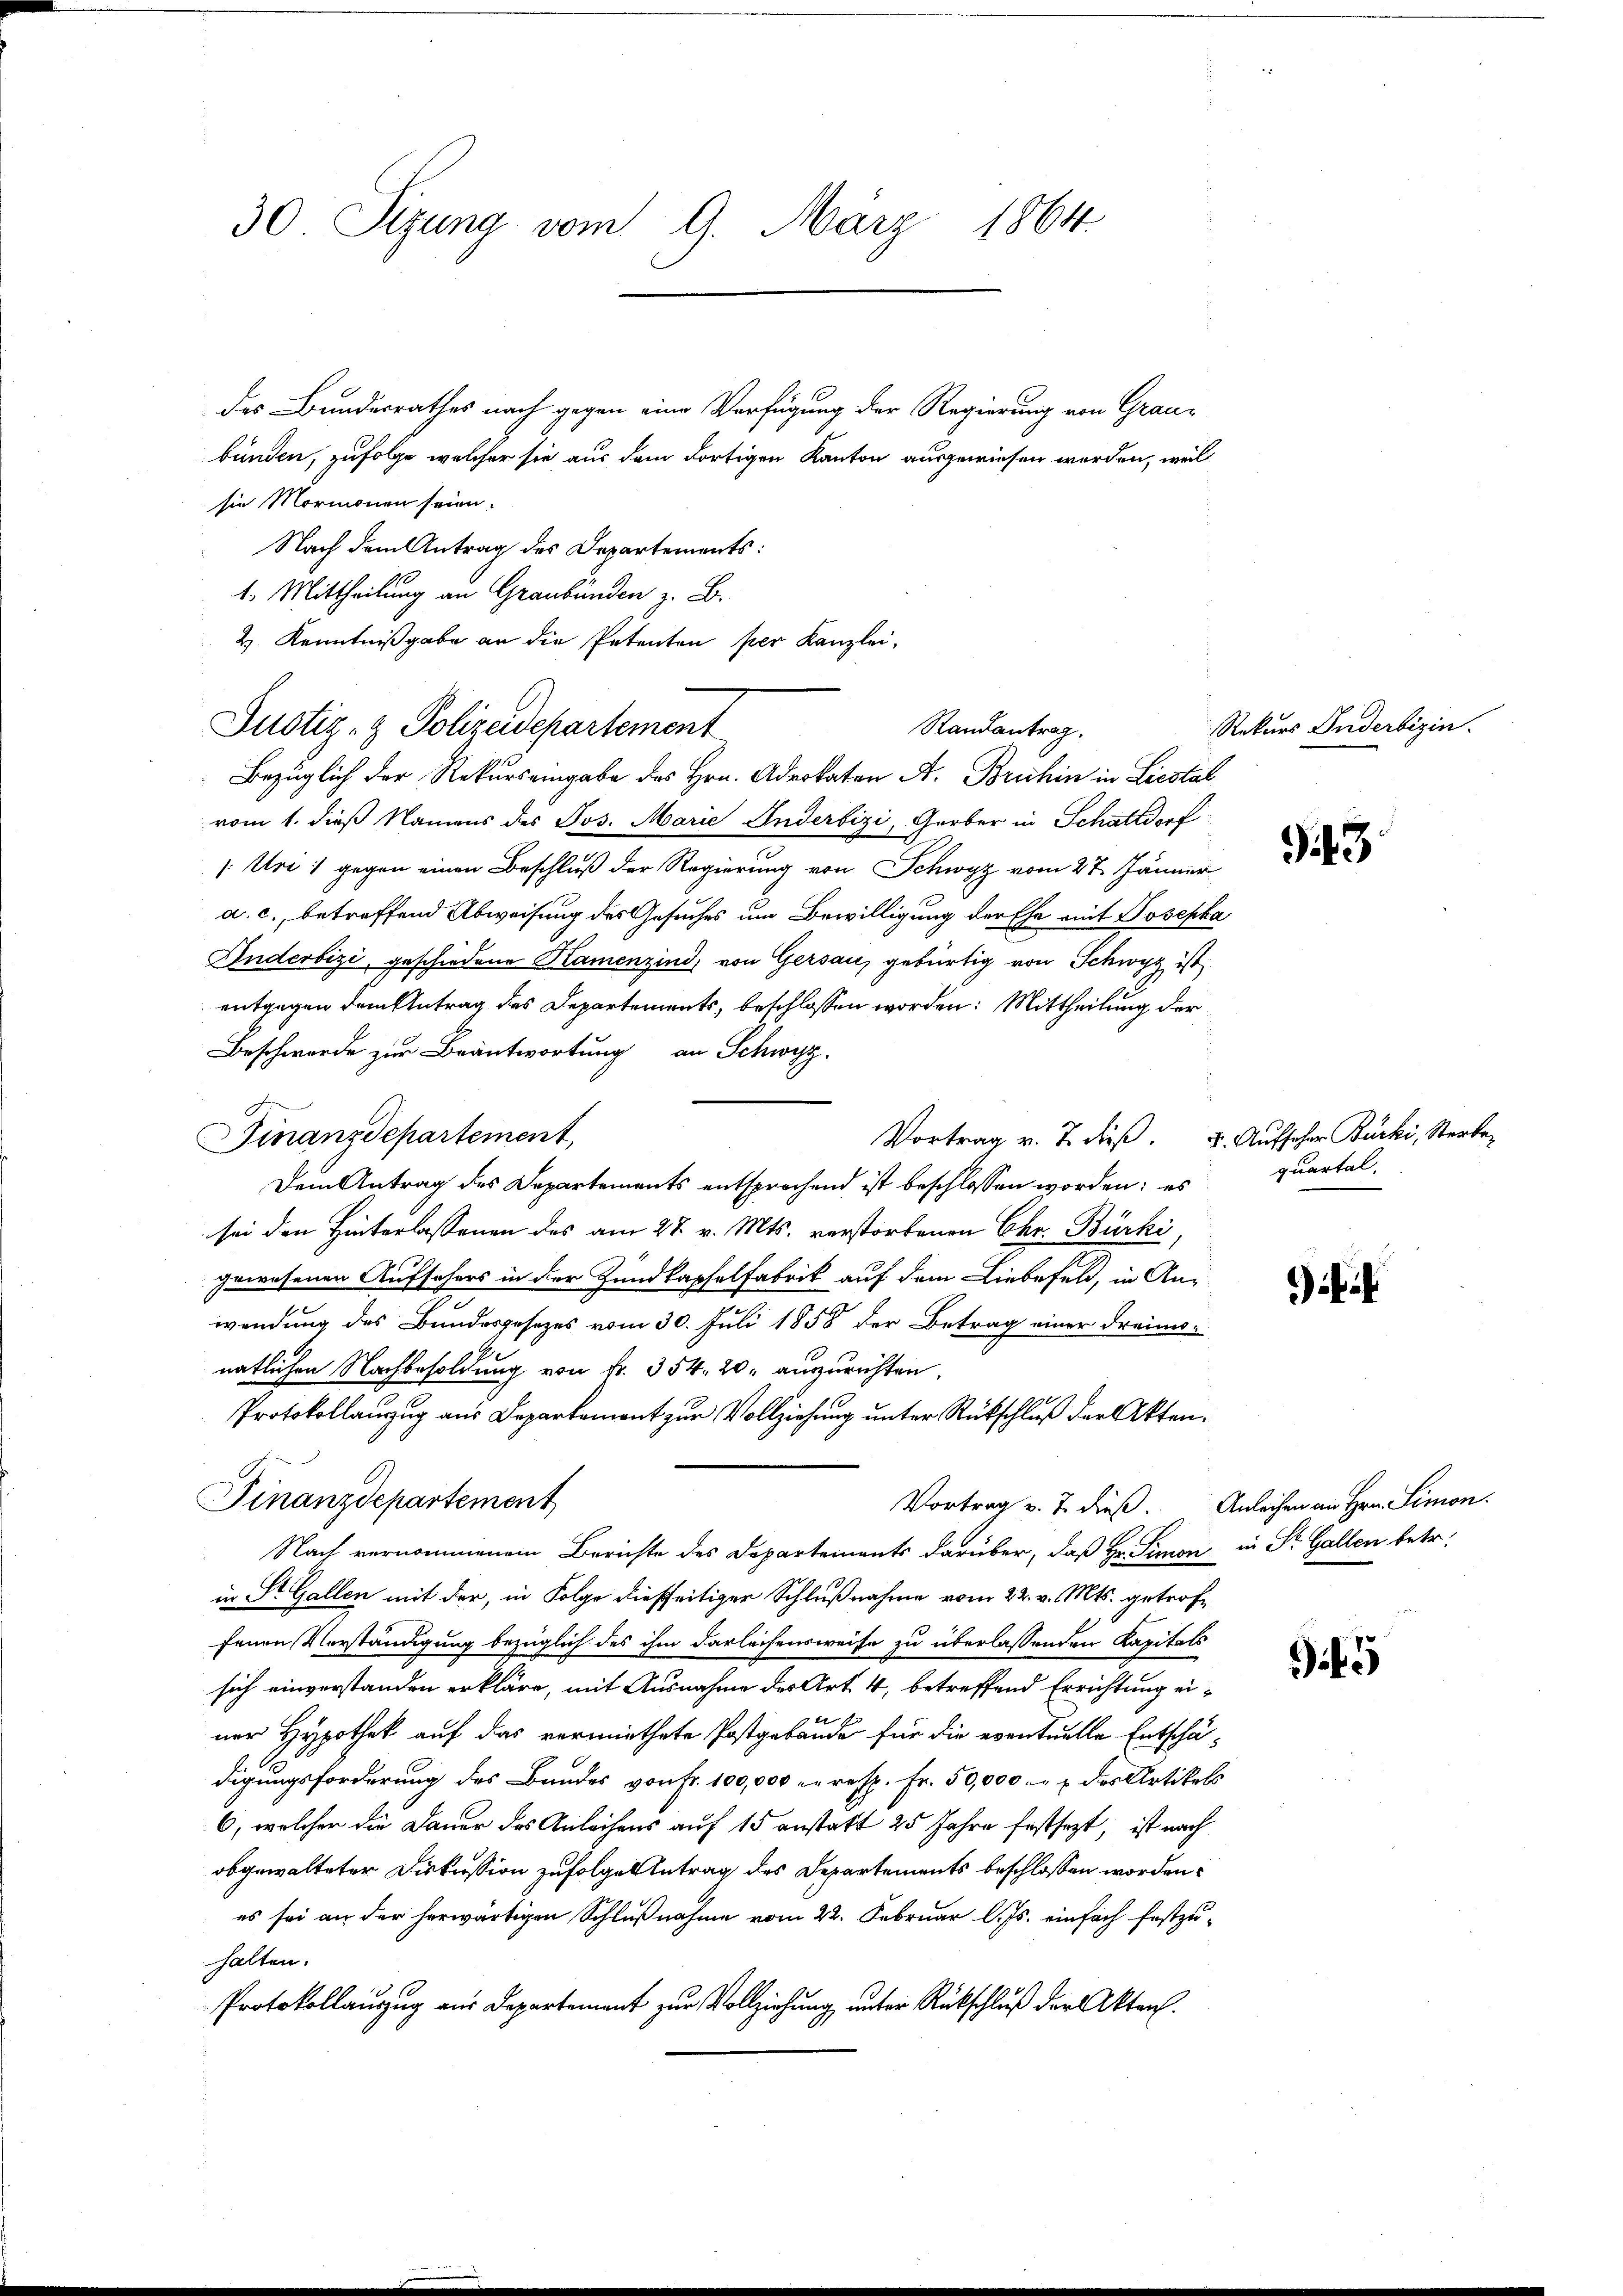
des Bundesrathes nach gegen eine Verfügung der Regierung von Graubunden, zufolge welcher sie aus dem dortigen Kanton ausgewiesen werden, weil
sie Mormonen seien.
Nach dem Antrag des Departements:
1. Mittheilung an Graubünden z. B.
2 Kenntnißgabe an die Petenten per Kanzlei,
Bezüglich der Rekursemingabe des Hrn. Advokaten A. Bruhin in Liestal
vom 1. dieß Namens des Jos. Marie Inderbizi, Gerber in Schattdorf
/: Uri 1 gegen einen Beschluß der Regierung von Schwyz vom 27. Jänner
a. c., betreffend Abweisung des Gesuches um Bewilligung der Ehe mit Josepha
Indesbizi, geschiedene Kamenzind, von Gersau, gebürtig von Schwyz ist
entgegen dem Antrag des Departements, beschlossen worden: Mittheilung der
Beschwerde zur Beantwortung an Schwyz.
Dem Antrag des Departements entsprechend ist beschlossen worden; es
sei den Hinterlassenen des am 28. v. Mts. verstorbenen Chr. Bürki,
gewesenen Aufsichers in der Zundkapfelfabrik auf dem Liebefeld, in Anwendung des Bundesgesezes vom 30. Juli 1858 der Betrag einer dreimis-
natlichen Nachbesoldung von fr. 354. 20. auszurichten.
Protokollauzug aus Departement zur Vollziehung unter Rückschluß der Akten¬
Finanzdepartement
Vortrag v. 7. dieß. Anleihen an Hrn. Simon
Nach vernommenem Berichte des Departements darüber, daß Hr. Simon in St. Gallen betr.
in St. Gallen mit der, in Folge dießseitiger Schlußnahme vom 22. v. Mts. getroffenen Verständigung bezüglich des ihm darleihensweise zu überlassenden Kapitals
sich einverstanden erkläre, mit Ausnahme des Art. 4, betreffend Errichtung einer Hypothek auf das vermiethete Postgebäude für die eventuelle Entschädigungsforderung des Bandes von Fr. 100,000 M. resp. Fr. 50,000 Fr. 7 des Artikels
6, welcher die Dauer des Anleihens auf 15 anstatt 25 Jahre festsezt, ist nach
obgewalteter Diskussion zufolgen Antrag des Departements beschlossen worden.
es sei an der herwärtigen Schlußnahme vom 22. Februar l. Js. einfach festzuhalten.
Protokollauszug aus Departement zur Vollziehung unter Rückschluß der Akten.

30 Sizung vom 9. März 1864.

Finanzdepartement

Justiz- & Polizeidepartement

Randantrag.

Rekurs Inderbegin

43

Vortrag v. J. dieß u. Aufseher Bürki, Sterbe
quartal.

i

5